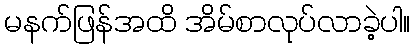
မနက်ဖြန်အထိ အိမ်စာလုပ်လာခဲ့ပါ။